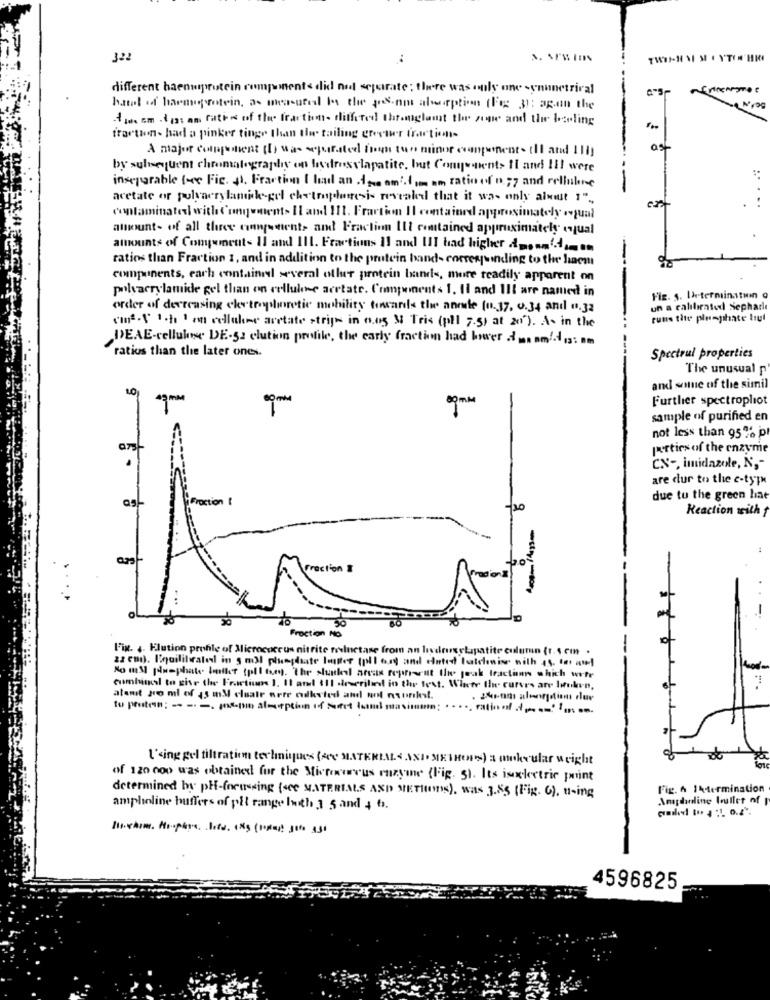
322
different haenwprotein components did not separate; there was only one synunetrical
hatt of harmprotein, as measured in the posam absorption (Fo 3): agan the
Asus om dias am ration of the fraction- differed throughout the power and the Faling
fraction- had a pinker tinge than the tailing grovwer fraction-
A major component (f) was separated from tun minor competent til and 11)
by sulnequent chromatography on ledroselapatite, but Conywent> Il and Iil were
inseparable (ce Fic. 4). Fraction I had an samim am ratio of 0 77 and relialice
acetate of polyacrylamide-gel chetroplunesis revealed that it was only almost s".
contaminated with ('ungwent> Il and 111. Fraction Il contained approximately .qual
amount- of all three conpanents and Fraction Ill contained approximately equal
amounts of Conyuments Il and I11. Fractions 11 and III had higher dassm'-4som
ratios than Fraction 1, and in addition to the protein band- correrwinding to the hacm
-
components, each containel several other protein bands, more readily apparent on
polyacrylamide gel than on cellulose acetate. Components 1. Il and Ill are named in
Fiz. s. Determinati o
order of decreasing ckytrophoretic mobility toncards the anete (0.17, 0.34 and .32
un a calibrated sepharle
cons.\' ich 1 on cellule acetate strip in 0.05 M Tris (pl 7.5) at 207). A. in the
runs tite plumphate trul
DEAE-cellulve DE-52 elution profile, the carly fraction had bower dun ami-dis: am
ratios than the later ones.
Spectral properties
The unusual p
and some of the simil
Further spectroplot
80 mm
sample of purified en
not less than 95% p
porties of the enzyme
CN -, imidazole, N ,-
are dur to the e-typ
tinn
due to the green hat
Reaction with
Fraction $
---
Fraction AO
Fix. .. Elution profile of Micrococcus nitrite reluctase from an livdrexelapatite column (r. 4 cm .
22 en1). Engiliberales in g mal plusdiate loster (pl) out and ciuted tutdenise with as. tor nat
No ms pommphate butler (pil te). The slunkeel areas represent the peak traction which wefr
cumbumal to give the Fractions 1. Il and (Il described in the test. Whete I curves are Iuken,
atant pro ml of $3 mM cluair orre odketed and wol nsunkst.
to protein; -- -- msp aloption of Set ol masina;
l'sing gel filtration techniques (see MATERIAL< ANIMETHON) a mnkvular weight
of de
of 120 000 was obtained for the Microaureus razyine (Fig. 3). Its iselectric point
Fig. A 14termination
determined by pH-focusing (see MATERIALS AND METHODS), was 3.55 (Fig. 6), u-ing
Amdandline boullet of
ampholine buffers of pil range both 3 5 and 4 6.
4596825